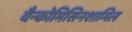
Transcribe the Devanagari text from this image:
वैन्कोमिसिनशामिल